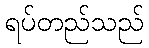
ရပ်တည်သည်